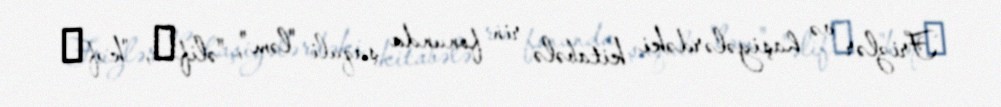
Frizlər və haşiyələrdəki kitabələ rin fonunda şaquli "ləm", "əlif‖, "kəf‖